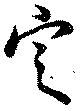
定